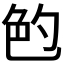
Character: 𰅝